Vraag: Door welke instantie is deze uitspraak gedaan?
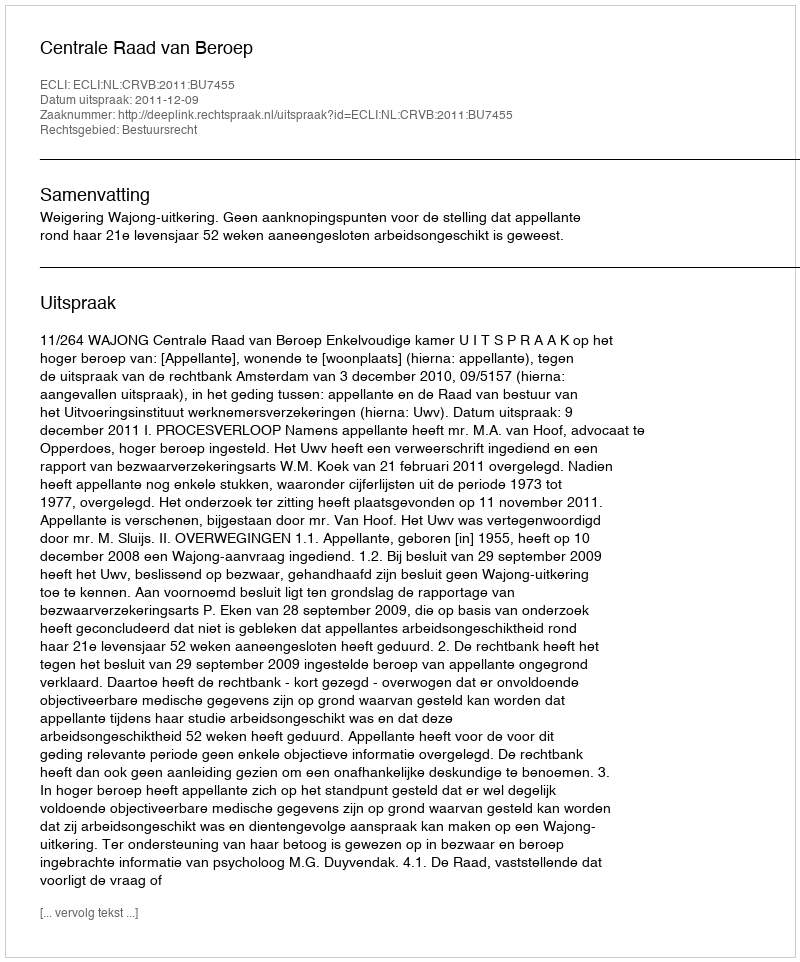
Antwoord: Centrale Raad van Beroep